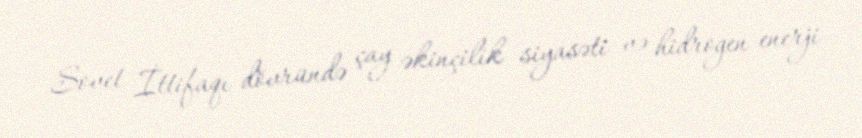
Sovet İttifaqı dövründə çay əkinçilik siyasəti və hidrogen enerji